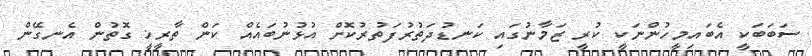
ސަބަބަކީ އެބައިމީހުންނަކީ ކުރީ ޒަމާނުގައި ކަނޑުދަތުރުފަތުރުކޮށް އުޅުނުބައެއް ކަން ތާރީޚީ ގޮތުން އެނގޭން